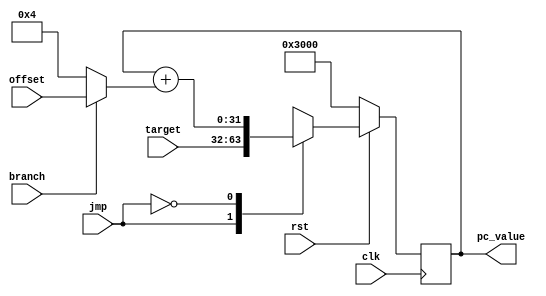
`timescale 1ns / 1ps

module pc(
    input clk,
    input rst,
    
    input jmp,
    input branch,
    input [31:0] offset,
    input [31:0] target,
    
    output [31:0] pc_value
    );
    
    wire [31:0] _offset = (branch) ? offset : 4;        //mux5
    
    reg [31:0] pc;
    
    initial begin
        pc  <= 32'h0000_3000;
    end
    
    always @ (posedge clk) begin
        if(!rst)    
            pc <= 32'h0000_3000;
        else
            case(jmp)                                   //mux6
                1:  begin   
                        pc<=target;
                    end
                0:      pc<=pc+_offset;
            endcase
    end
    
    assign pc_value = pc;
    
endmodule